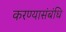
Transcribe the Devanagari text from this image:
करण्यासंबंधि